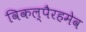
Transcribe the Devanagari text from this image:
विकल्पैरहमेव